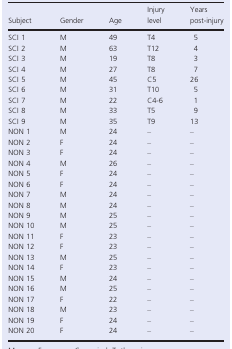
<table><thead><tr><td><b>Subject</b></td><td><b>Gender</b></td><td><b>Age</b></td><td><b>Injury level</b></td><td><b>Years post‐injury</b></td></tr></thead><tbody><tr><td>SCI 1</td><td>M</td><td>49</td><td>T4</td><td>5</td></tr><tr><td>SCI 2</td><td>M</td><td>63</td><td>T12</td><td>4</td></tr><tr><td>SCI 3</td><td>M</td><td>19</td><td>T8</td><td>3</td></tr><tr><td>SCI 4</td><td>M</td><td>27</td><td>T8</td><td>7</td></tr><tr><td>SCI 5</td><td>M</td><td>45</td><td>C5</td><td>26</td></tr><tr><td>SCI 6</td><td>M</td><td>31</td><td>T10</td><td>5</td></tr><tr><td>SCI 7</td><td>M</td><td>22</td><td>C4‐6</td><td>1</td></tr><tr><td>SCI 8</td><td>M</td><td>33</td><td>T5</td><td>9</td></tr><tr><td>SCI 9</td><td>M</td><td>35</td><td>T9</td><td>13</td></tr><tr><td>NON 1</td><td>M</td><td>24</td><td>–</td><td>–</td></tr><tr><td>NON 2</td><td>F</td><td>24</td><td>–</td><td>–</td></tr><tr><td>NON 3</td><td>F</td><td>24</td><td>–</td><td>–</td></tr><tr><td>NON 4</td><td>M</td><td>26</td><td>–</td><td>–</td></tr><tr><td>NON 5</td><td>F</td><td>24</td><td>–</td><td>–</td></tr><tr><td>NON 6</td><td>F</td><td>24</td><td>–</td><td>–</td></tr><tr><td>NON 7</td><td>M</td><td>24</td><td>–</td><td>–</td></tr><tr><td>NON 8</td><td>M</td><td>24</td><td>–</td><td>–</td></tr><tr><td>NON 9</td><td>M</td><td>25</td><td>–</td><td>–</td></tr><tr><td>NON 10</td><td>M</td><td>25</td><td>–</td><td>–</td></tr><tr><td>NON 11</td><td>F</td><td>23</td><td>–</td><td>–</td></tr><tr><td>NON 12</td><td>F</td><td>23</td><td>–</td><td>–</td></tr><tr><td>NON 13</td><td>M</td><td>25</td><td>–</td><td>–</td></tr><tr><td>NON 14</td><td>F</td><td>23</td><td>–</td><td>–</td></tr><tr><td>NON 15</td><td>M</td><td>24</td><td>–</td><td>–</td></tr><tr><td>NON 16</td><td>M</td><td>25</td><td>–</td><td>–</td></tr><tr><td>NON 17</td><td>F</td><td>22</td><td>–</td><td>–</td></tr><tr><td>NON 18</td><td>M</td><td>23</td><td>–</td><td>–</td></tr><tr><td>NON 19</td><td>F</td><td>24</td><td>–</td><td>–</td></tr><tr><td>NON 20</td><td>F</td><td>24</td><td>–</td><td>–</td></tr></tbody></table>